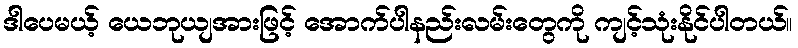
ဒါပေမယ့် ယေဘုယျအားဖြင့် အောက်ပါနည်းလမ်းတွေကို ကျင့်သုံးနိုင်ပါတယ်။